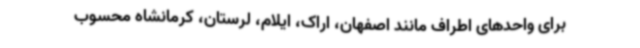
برای واحدهای اطراف مانند اصفهان، اراک، ایلام، لرستان، کرمانشاه محسوب